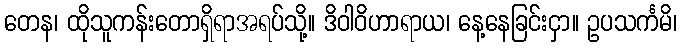
တေန၊ ထိုသူကန်းတောရှိရာအရပ်သို့။ ဒိဝါဝိဟာရာယ၊ နေ့နေခြင်းငှာ။ ဥပသင်္ကမိ၊